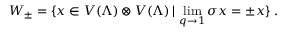
W _ { \pm } = \{ x \in V ( \Lambda ) \otimes V ( \Lambda ) \, | \, \operatorname * { l i m } _ { q \rightarrow 1 } \sigma x = \pm x \} \; .